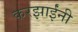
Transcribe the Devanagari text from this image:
करझाईंनी